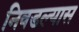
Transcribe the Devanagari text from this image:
निवडल्यास